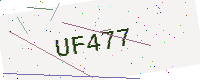
Text: UF477